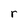
Character: r